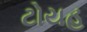
ટોયહ